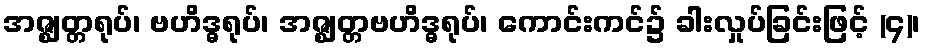
အဇ္ဈတ္တရုပ်၊ ဗဟိဒ္ဓရုပ်၊ အဇ္ဈတ္တဗဟိဒ္ဓရုပ်၊ ကောင်းကင်၌ ခါးလှုပ်ခြင်းဖြင့် (၄)၊